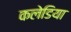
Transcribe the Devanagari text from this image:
कलेडिया